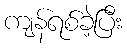
ကျန်ရစ်ခဲ့ပြီး